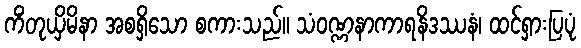
ကိံတုယှိမိနာ အစရှိသော စကားသည်။ သံဝဏ္ဏနာကာရနိဒဿနံ၊ ထင်ရှားပြပုံ